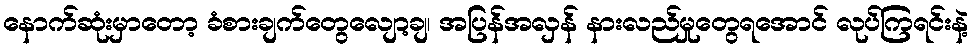
နောက်ဆုံးမှာတော့ ခံစားချက်တွေလျော့ချ၊ အပြန်အလှန် နားလည်မှုတွေရအောင် လုပ်ကြရင်းနဲ့